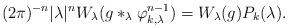
LaTeX: \begin{align*}(2\pi)^{-n} |\lambda|^n W_\lambda( g \ast_\lambda \varphi_{k,\lambda}^{n-1}) = W_\lambda(g) P_k(\lambda).\,\, \end{align*}